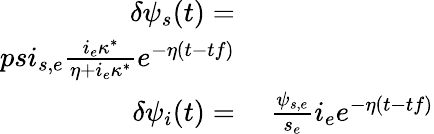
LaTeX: \begin{array}{rl}{\delta\psi_{s}(t)=}&{{}}\\ {psi_{s,e}\frac{i_{e}\kappa^{*}}{\eta+i_{e}\kappa^{*}}e^{-\eta(t-tf)}}\\ {\delta\psi_{i}(t)=}&{{}\ \frac{\psi_{s,e}}{s_{e}}i_{e}e^{-\eta(t-tf)}}\end{array}